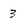
Character: 3